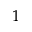
1